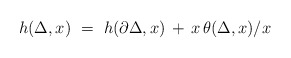
\begin{align*} h(\Delta,x) \ = \ h(\partial \Delta,x) \, + \, x \, \theta(\Delta,x) / x \end{align*}